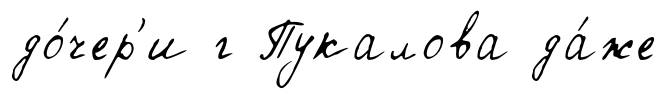
до́чер'и г Пукалова да́же